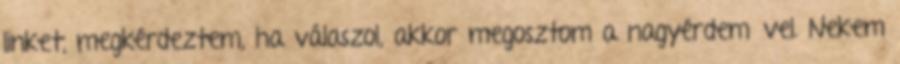
linket, megkérdeztem, ha válaszol, akkor megosztom a nagyérdeművel. Nekem